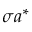
\boldsymbol { \sigma } \boldsymbol { a } ^ { * }